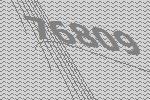
76809